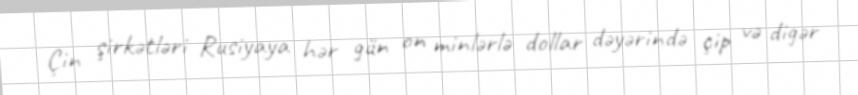
Çin şirkətləri Rusiyaya hər gün on minlərlə dollar dəyərində çip və digər